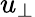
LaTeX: u_{\bot}